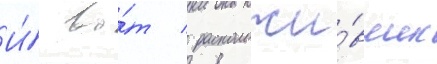
И́ во́т / расположи́вшись